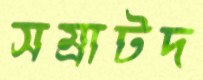
সম্রাটদ